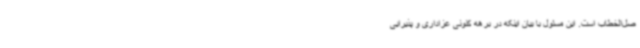
صل‌الخطاب است. این مسئول با بیان اینکه در برهه کنونی عزاداری و پذیرایی